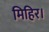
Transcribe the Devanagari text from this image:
मिहिर।